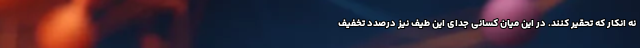
نه انکار که تحقیر کنند. در این میان کسانی جدای این طیف نیز درصدد تخفیف